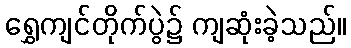
ရွှေကျင်တိုက်ပွဲ၌ ကျဆုံးခဲ့သည်။